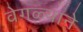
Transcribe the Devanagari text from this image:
वेगळ्याने